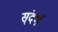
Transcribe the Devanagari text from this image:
स्ंदर्भ